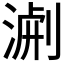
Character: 𭱐